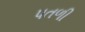
પતળી